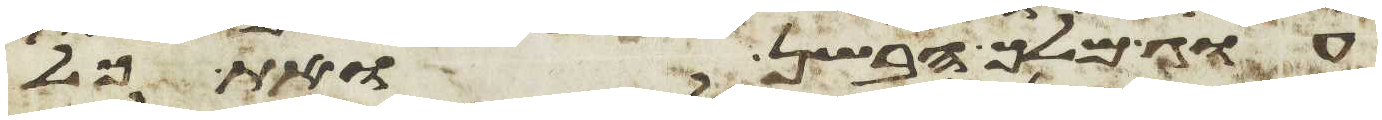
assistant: עוג מלך הבשן ואת כל